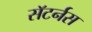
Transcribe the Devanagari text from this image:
सॅटर्नस